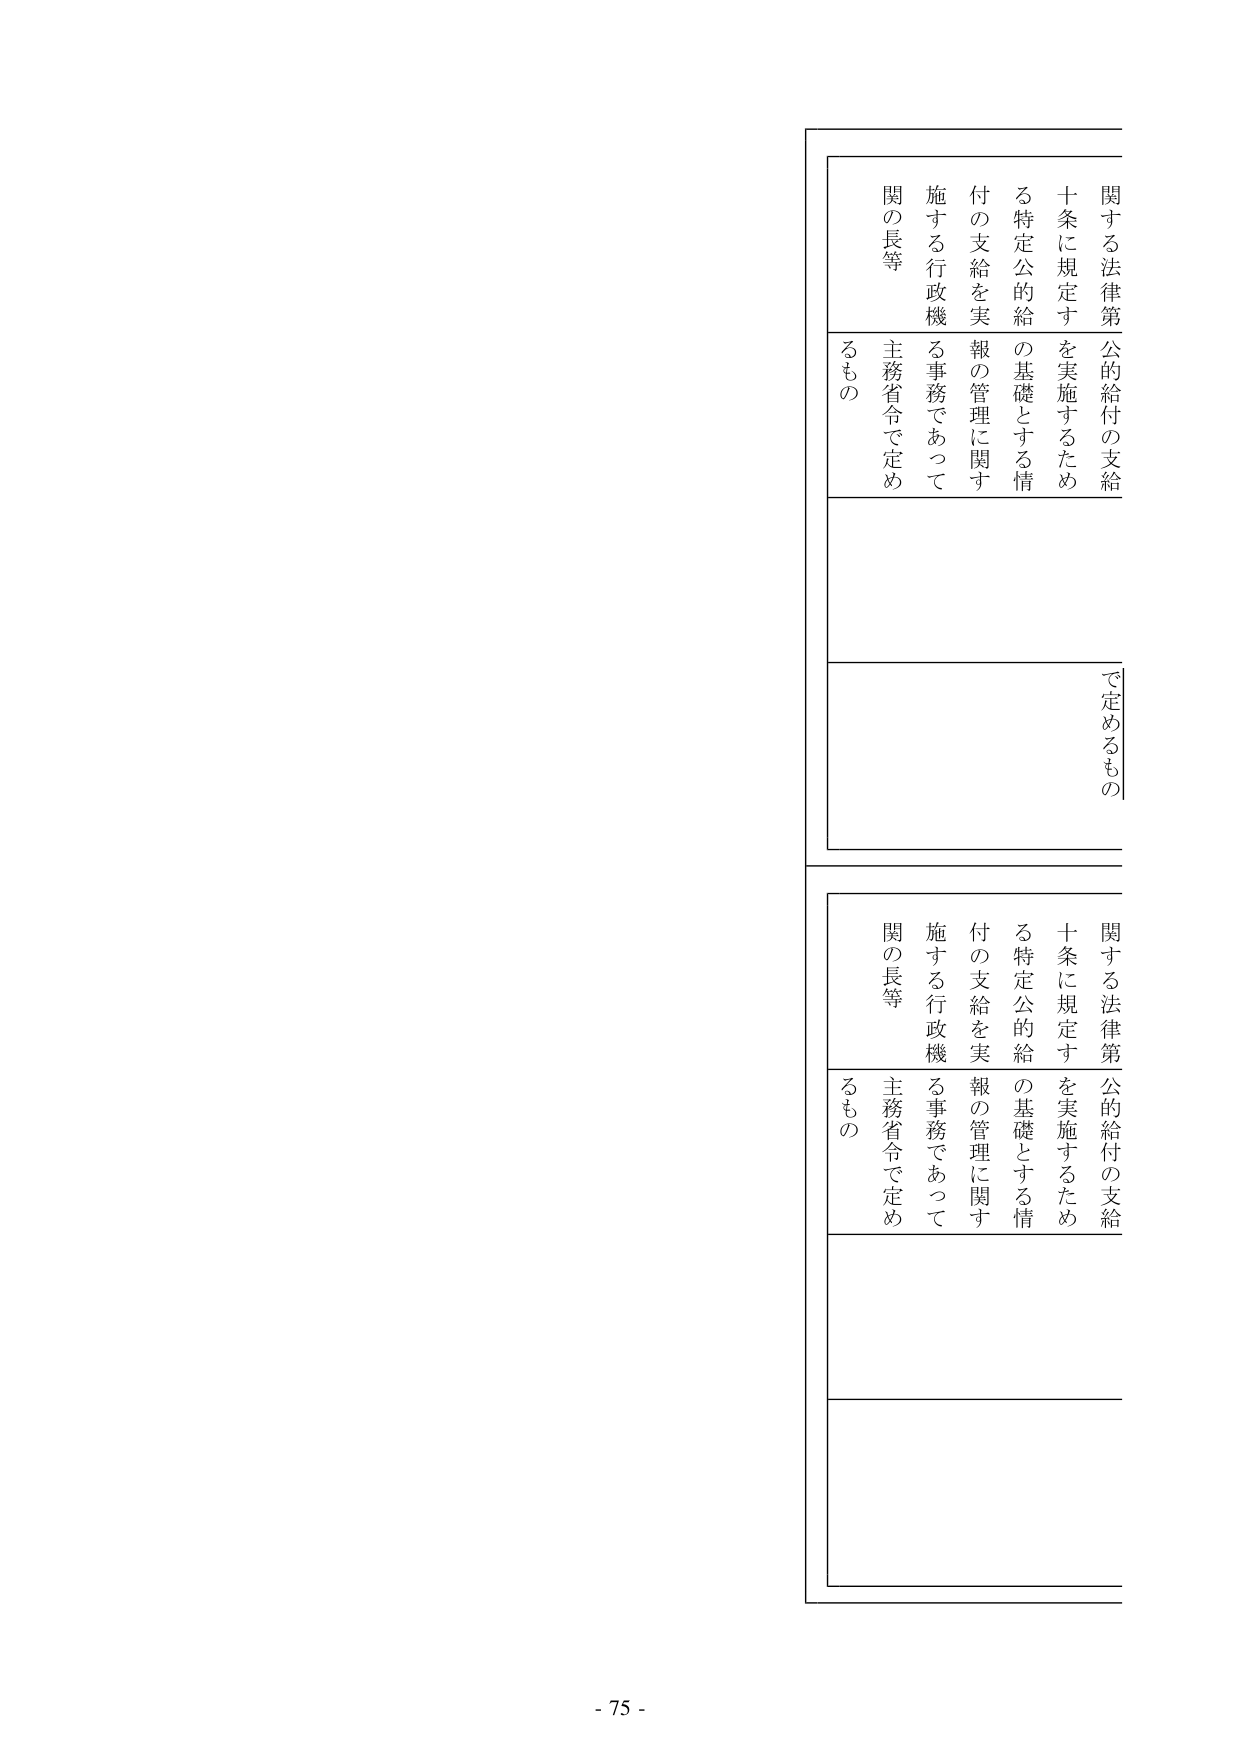
関する法律第
十条に規定す
る特定公的給
付の支給を実
施する行政機
関の長等
公的給付の支給
を実施するため
の基礎とする情
報の管理に関す
る事務であって
主務省令で定め
るもの

で定めるもの

関する法律第
十条に規定す
る特定公的給
付の支給を実
施する行政機
関の長等
公的給付の支給
を実施するため
の基礎とする情
報の管理に関す
る事務であって
主務省令で定め
るもの

- 75 -